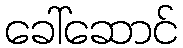
ခေါ်ဆောင်